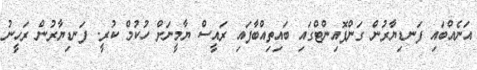
އަނެއްބައި ފަނޑިޔާރުން ގަންޕޮއިންޓްގައި ބައިތިއްބާފައި ރައީސް ޔާމީނަށް ހުކުމް ކުރީ. ފަނޑިޔާރުން ރަހީނު